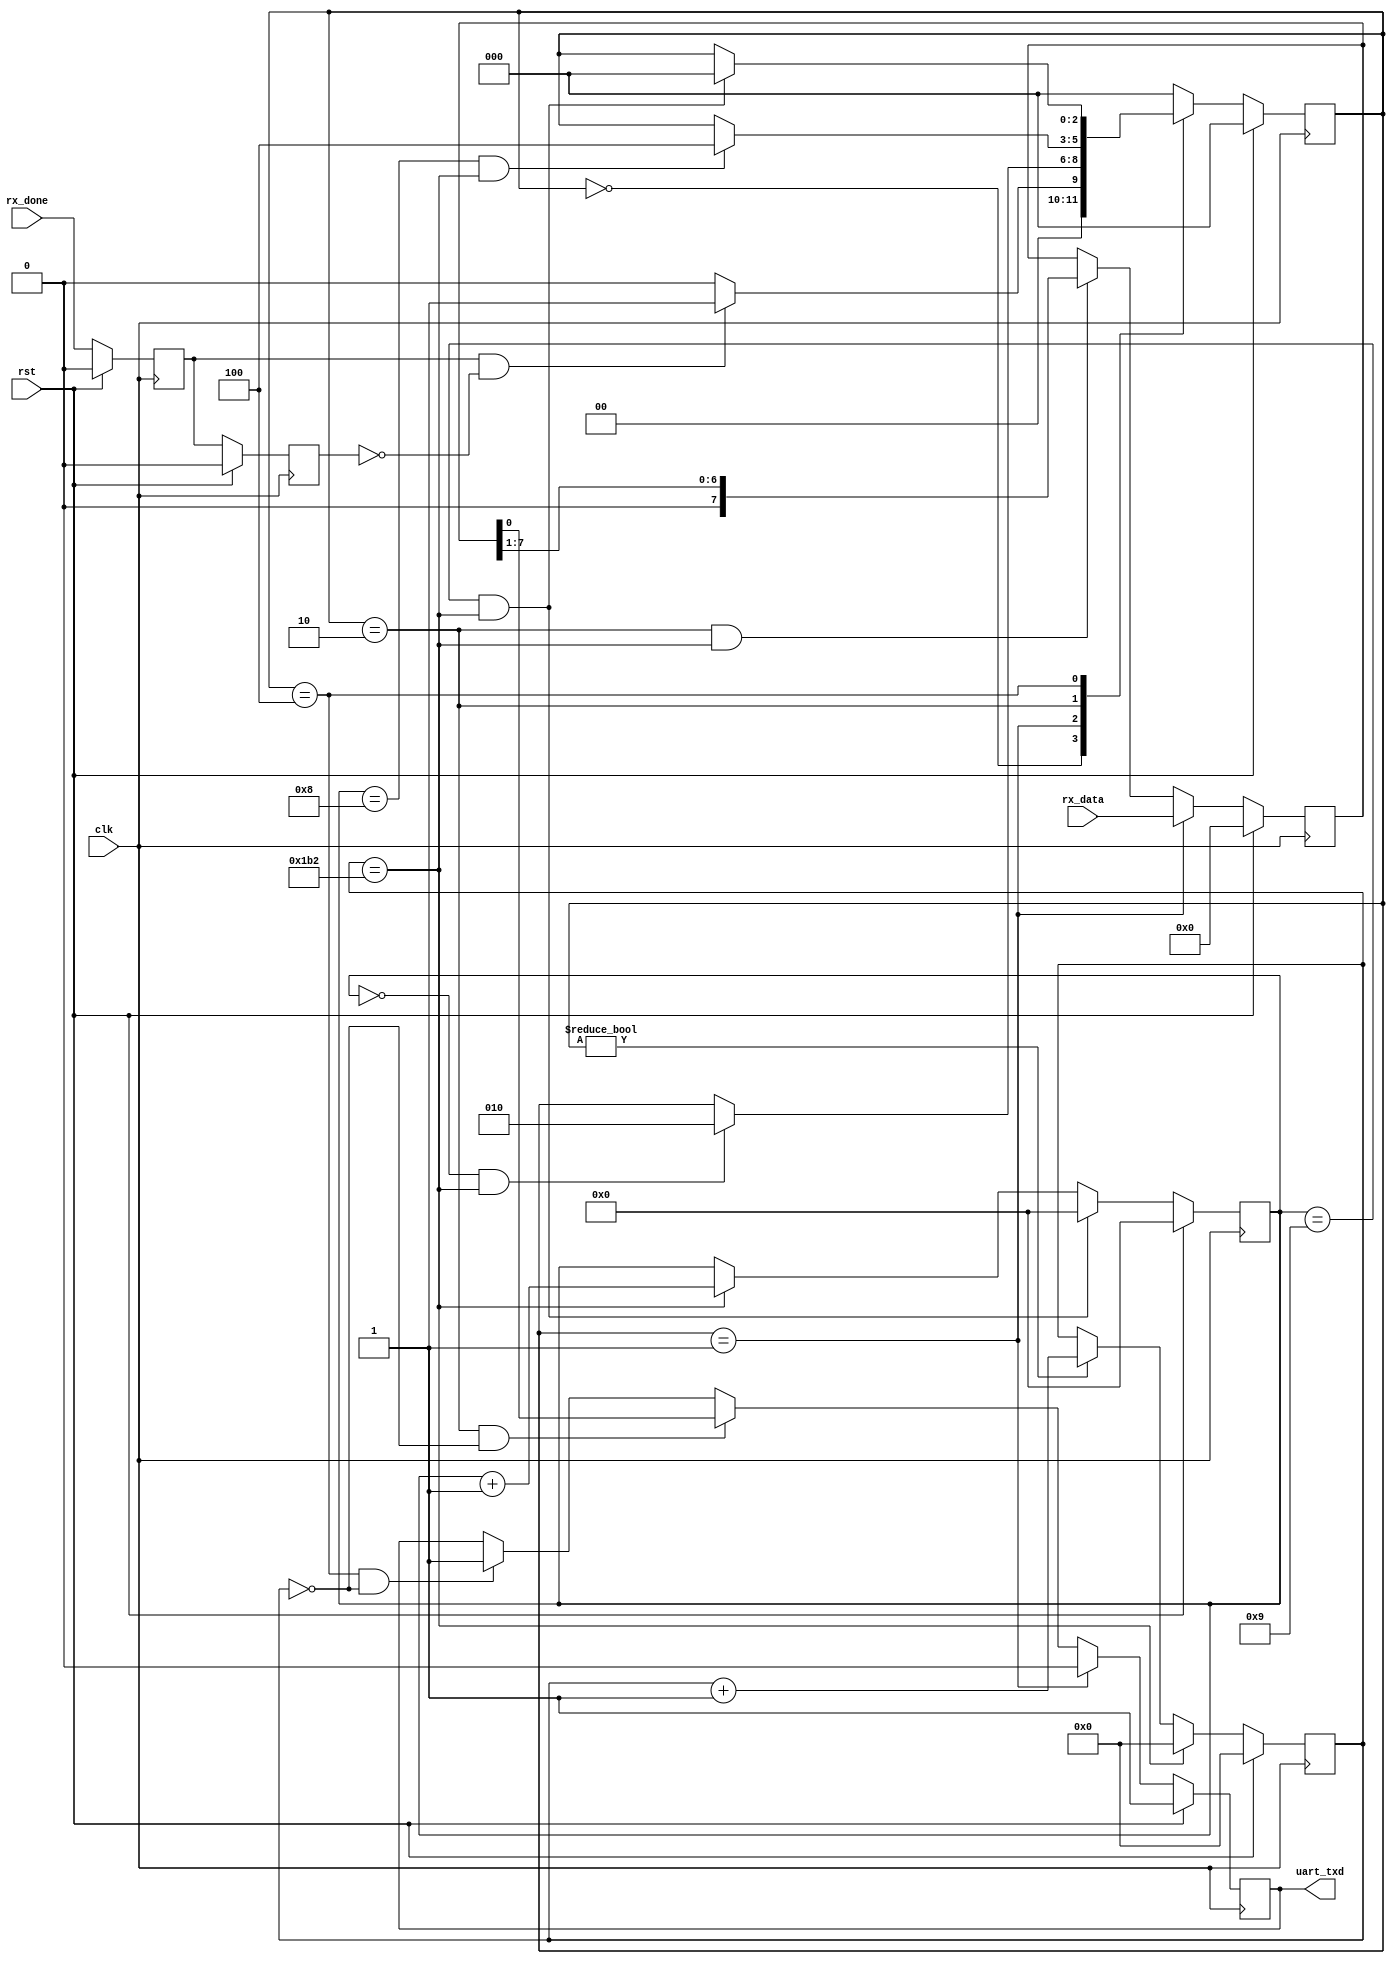
`timescale 1ns / 1ns
//****************************************VSCODE PLUG-IN**********************************// 
//---------------------------------------------------------------------------------------- 
// IDE :                   VSCODE      
// VSCODE plug-in version: Verilog-Hdl-Format-2.4.20240526
// VSCODE plug-in author : Jiang Percy 
//---------------------------------------------------------------------------------------- 
//****************************************Copyright (c)***********************************// 
// Copyright(C)            xlx_fpga
// All rights reserved      
// File name:               
// Last modified Date:     2024/07/07 15:03:00 
// Last Version:           V1.0 
// Descriptions:            
//---------------------------------------------------------------------------------------- 
// Created date:           2024/07/07 15:03:00 
// Version:                V1.0 
// TEXT NAME:              uart_tx.v 
// PATH:                   E:\3.xlx_fpga\4.uart\rtl\uart_tx.v 
// Descriptions:            
//                          
//---------------------------------------------------------------------------------------- 
//****************************************************************************************// 

module uart_tx#(
    parameter                                   CLK_FREQ           = 50_000_000,
    parameter                                   UART_BPS           = 115200
    )
(
    input                                       clk                 ,
    input                                       rst                 ,
    input                                       rx_done             ,
    input              [7: 0]                   rx_data             ,
    output reg                                  uart_txd             
);
    localparam                                  BAUD_CNT_MAX       = CLK_FREQ/UART_BPS;
    
    localparam                                  TX_IDLE            = 3'b000;
    localparam                                  TX_BGEIN           = 3'B001;
    localparam                                  TX_DATA            = 3'B010;
    localparam                                  TX_END             = 3'b100;

    reg                                         tx_en_d0            ;
    reg                                         tx_en_d1            ;
    reg                [16: 0]                  baud_cnt            ;
    reg                [3: 0]                   tx_data_cnt         ;
    reg                [7: 0]                   tx_data             ;
                                                             
    reg                [2: 0]                   cur_state           ;
    reg                [2: 0]                   next_state          ;

    always @(posedge clk )
        begin
            if(rst)
        begin
                tx_en_d0 <= 0;
                tx_en_d1 <= 0;
        end
            else 
        begin
                tx_en_d0 <= rx_done;
                tx_en_d1 <= tx_en_d0;
        end
        end
    //
    always @(posedge clk )
        begin
            if(rst)
                cur_state <= TX_IDLE;
            else 
                cur_state <= next_state;
        end
    //
    always @( * ) begin
            case(cur_state)
                TX_IDLE:
        begin
            if(tx_en_d0 & (~tx_en_d1) )
                next_state <= TX_BGEIN        ;
            else 
                next_state <= TX_IDLE;
        end
                TX_BGEIN:
        begin
            if(tx_data_cnt == 0 && baud_cnt == BAUD_CNT_MAX) begin
                next_state <= TX_DATA;
        end
            else begin
                next_state <= cur_state;
        end
        end
                TX_DATA:
        begin
            if(tx_data_cnt == 8 && baud_cnt == BAUD_CNT_MAX) begin
                next_state <= TX_END;
        end
            else begin
                next_state <= cur_state;
        end
        end
                TX_END:if (tx_data_cnt == 9 && baud_cnt == BAUD_CNT_MAX) begin
                next_state <= TX_IDLE;
        end
            else begin
                next_state <= cur_state;
        end
                default: next_state <= TX_IDLE;
        endcase
        end
    //
                                                                       
//
    always @(posedge clk )
        begin
            if(rst) begin
                baud_cnt <= 0;
        end
            else if(baud_cnt ==BAUD_CNT_MAX) begin
                baud_cnt <= 0;
        end
            else if(cur_state !=TX_IDLE ) begin
                baud_cnt <= baud_cnt+1;
        end
            else begin
                baud_cnt <= baud_cnt;
        end
        end
//tx_data_cnt
    always @(posedge clk )
        begin
            if(rst) begin
                tx_data_cnt <= 0;
        end
            else if(tx_data_cnt == 9 &&baud_cnt ==BAUD_CNT_MAX) begin
                tx_data_cnt <= 0;
        end
            else if(baud_cnt ==BAUD_CNT_MAX) begin
                tx_data_cnt <= tx_data_cnt +1;
        end
            else begin
                tx_data_cnt <= tx_data_cnt;
        end
        end

//tx_data
    always @(posedge clk )
        begin
            if(rst) begin
                tx_data <= 0;
        end
            else if(cur_state == TX_BGEIN) begin
                tx_data <= rx_data;
        end
            else if(cur_state == TX_DATA && baud_cnt ==BAUD_CNT_MAX) begin
                tx_data <= {tx_data>>1};
        end
            else begin
                tx_data <= tx_data;
        end
        end
                                         
//uart_txd
    always @(posedge clk )
        begin
            if(rst) begin
                uart_txd <= 1;
        end
            else if(cur_state == TX_BGEIN) begin
                uart_txd <= 0;
        end
            else if(cur_state ==TX_DATA && baud_cnt ==0) begin
                uart_txd <= tx_data[0];
        end
            else if(cur_state ==TX_END && baud_cnt ==0) begin
                uart_txd <= 1;
        end
            else begin
                uart_txd <= uart_txd;
        end
        end
        endmodule